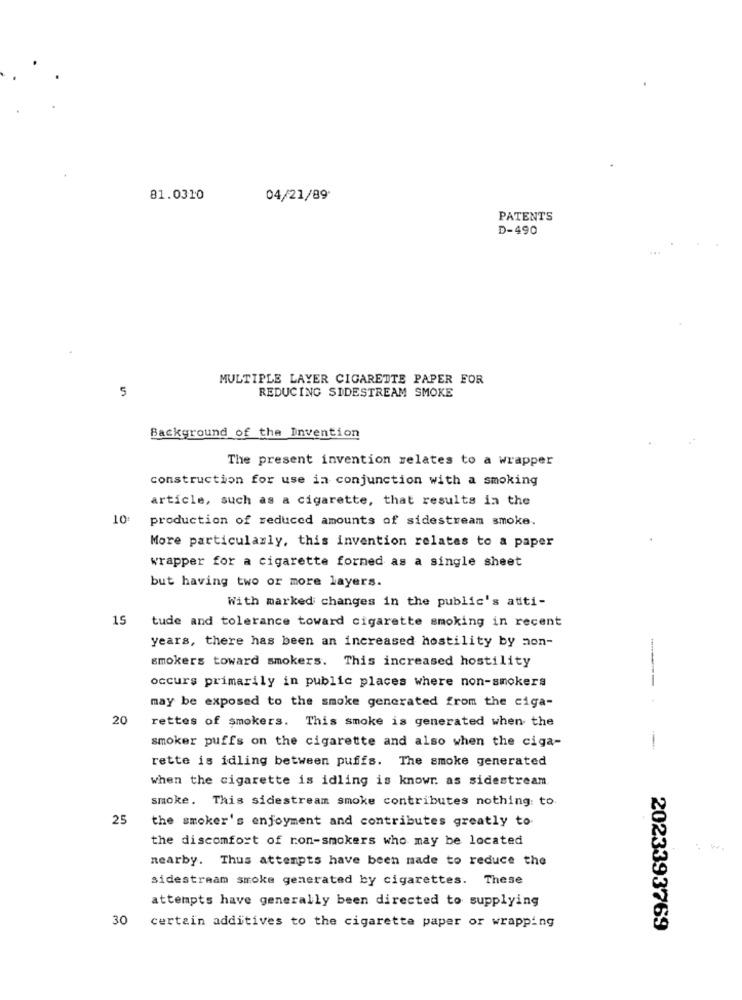
81.0310
04/21/89*
PATENTS
D-490
MULTIPLE LAYER CIGARETTE PAPER FOR
5
REDUCING SIDESTREAM SMOKE
Background of the Invention
The present invention relates to a wrapper
construction for use in conjunction with a smoking
article, such as a cigarette, that results in the
10:
production of reduced amounts of sidestream smoke.
More particularly, this invention relates to a paper
wrapper for a cigarette formed as a single sheet
but having two or more layers.
With marked changes in the public's atti-
15
tude and tolerance toward cigarette smoking in recent
years, there has been an increased hostility by mon-
smokers toward smokers. This increased hostility
occurs primarily in public places where non-smokers
may be exposed to the smoke generated from the ciga-
20
rettes of smokers. This smoke is generated when the
smoker puffs on the cigarette and also when the ciga-
rette is idling between puffs. The smoke generated
when the cigarette is idling is known as sidestream
smoke. This sidestream smoke contributes nothing: to.
25
the smoker's enjoyment and contributes greatly to
the discomfort of non-smokers who may be located
nearby. Thus attempts have been made to reduce the
sidestream smoke generated by cigarettes. These
attempts have generally been directed to supplying
30
certain additives to the cigarette paper or wrapping
2023393769